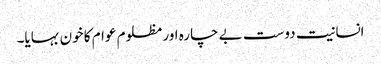
انسانیت دوست بے چارہ اور مظلوم عوام کا خون بہایا۔